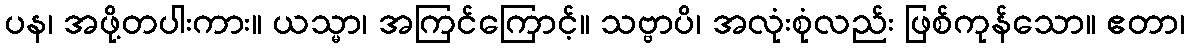
ပန၊ အဖို့တပါးကား။ ယသ္မာ၊ အကြင်ကြောင့်။ သဗ္ဗာပိ၊ အလုံးစုံလည်း ဖြစ်ကုန်သော။ ဧတာ၊